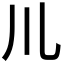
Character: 𫶧